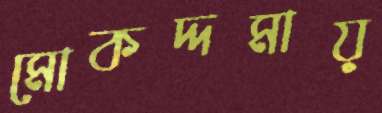
মোকদ্দমায়